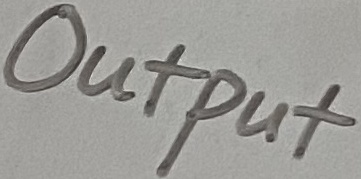
Text: Output